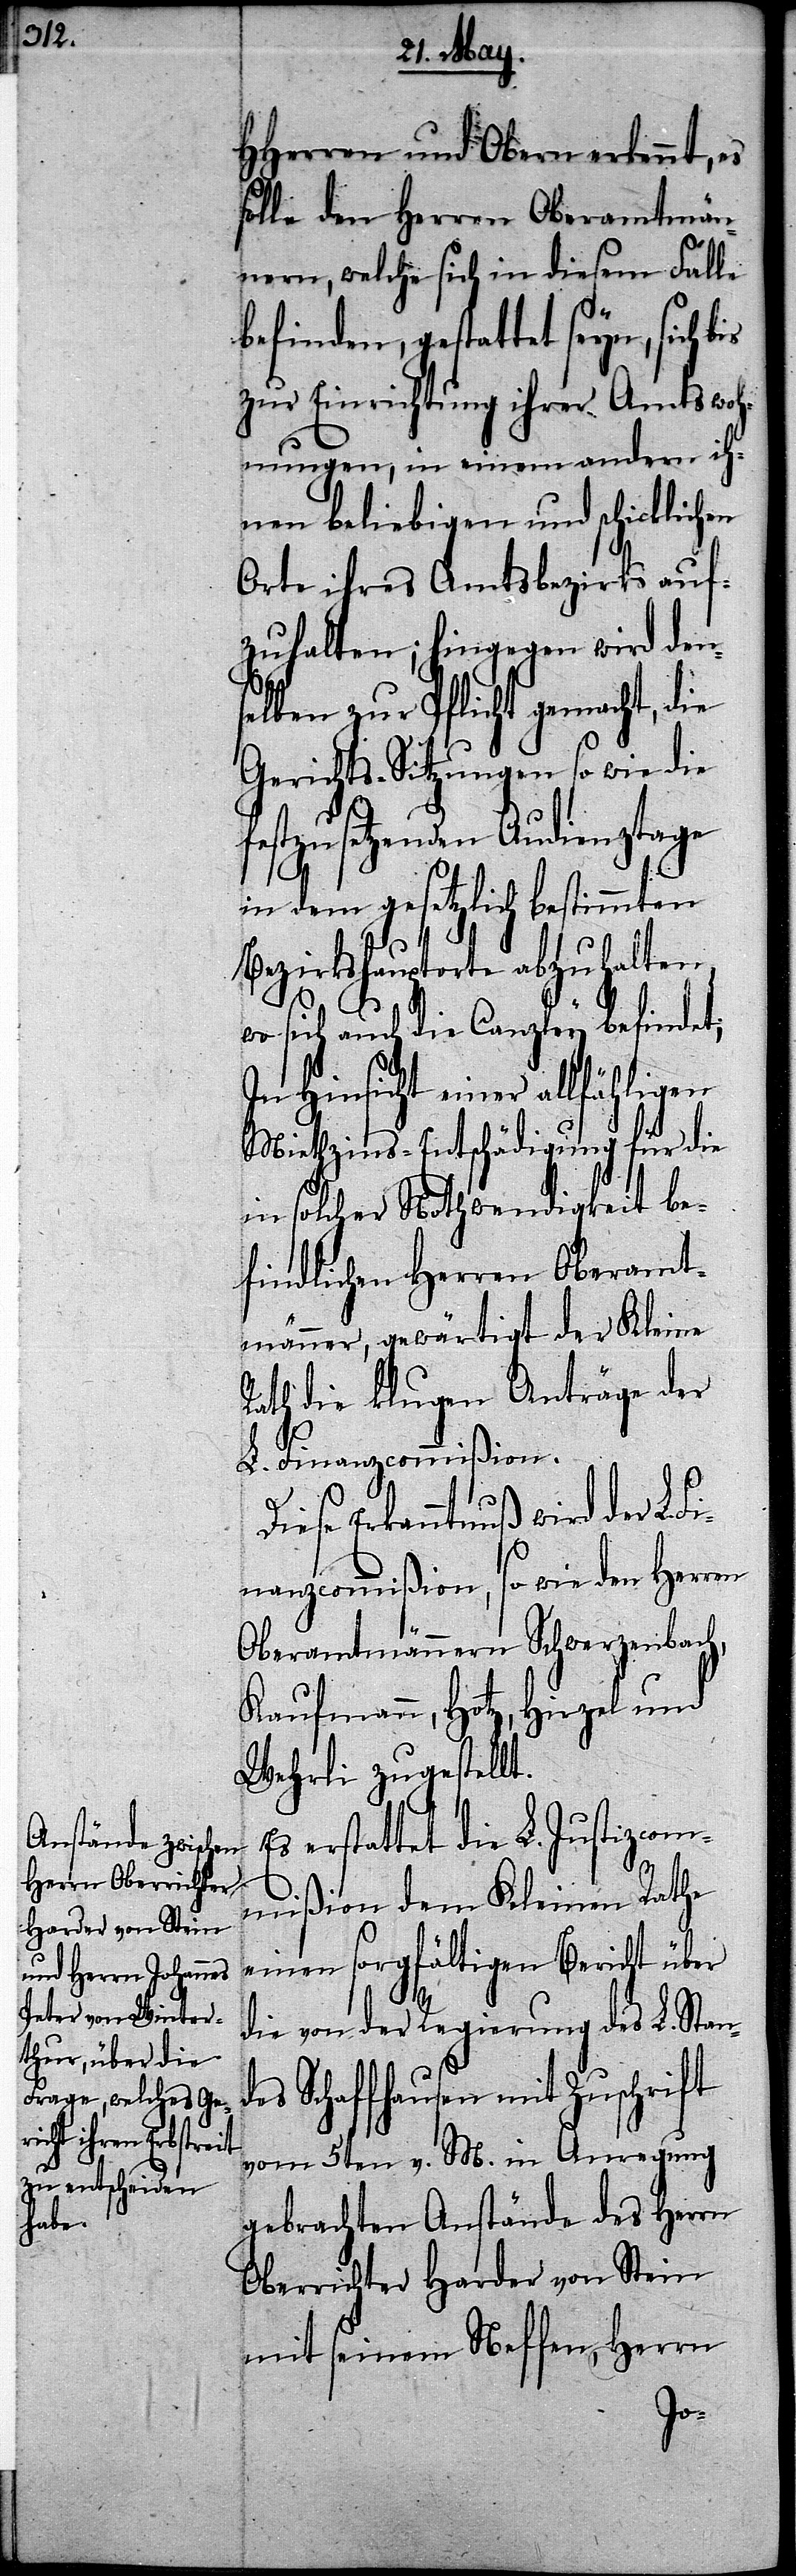
HHerren und Obern erkennt, es
solle den Herren Oberamtmän¬
nern, welche sich in diesem Falle
finden, gestattet seyn, sich
zur Einrichtung ihrer Amtswoh¬
nungen, in einem andern ih¬
nen beliebigen und schicklichen
Orte ihres Amtsbezirks auf¬
zuhalten; hingegen wird den¬
selben zur Pflicht gemacht, die
Gerichts-Sitzungen so wie die
festzusetzenden Audienztage
in dem gesetzlich bestimmten
Bezirkshauptorte abzuhalten,
d¬
wo sich auch die Canzley befindet;
einer allfähligen
Miethzins-Entschädigung für die
in solcher Nothwendigkeit be¬
findlichen Herren Oberamt¬
männer, gewärtigt der Kleine
Rath die klugen Anträge der
L. Finanzcommißion.
Diese Erkanntnuß wird der L.
Finanzcommißion, so wie den Herren
Oberamtmännern Schwerzenbach,
Kaufmann, Hotz, Hirzel und
Wehrli zugestellt.
erstattet die L. Justizcom¬
mißion dem Kleinen Rathe
einen sorgfältigen Bericht über
die von der Regierung des L. Stan¬
es Schaffhausen mit Zuschrift
vom 5ten v. M. in Anregung
gebrachten Anstände des Herrn
Oberrichter Harder von Stein
mit seinem Neffen, Herrn
be¬